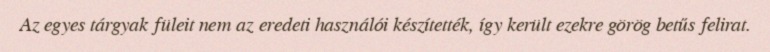
Az egyes tárgyak füleit nem az eredeti használói készítették, így került ezekre görög betűs felirat.